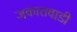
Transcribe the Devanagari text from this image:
जकातवाडी